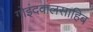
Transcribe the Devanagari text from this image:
गोइंदवालसाहिब